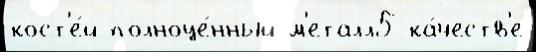
кост'е́й полноце́нный м'еталл5 ка́честв'е